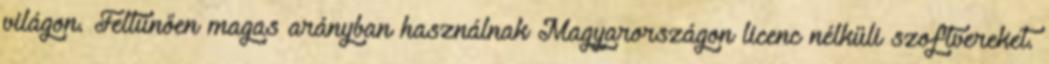
világon. Feltűnően magas arányban használnak Magyarországon licenc nélküli szoftvereket.